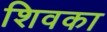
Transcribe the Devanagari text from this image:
शिवका